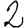
Digit: 2